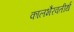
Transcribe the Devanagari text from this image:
कालभैरवतीर्थ